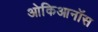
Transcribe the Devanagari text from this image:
ओकिआनॉस